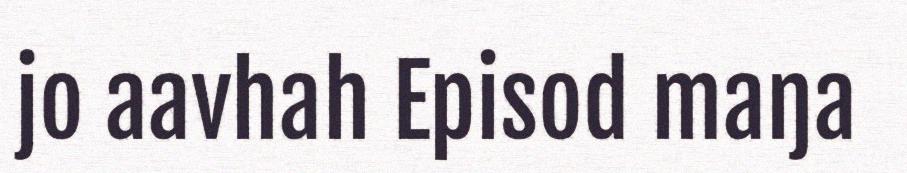
jo aavhah Episod maŋa